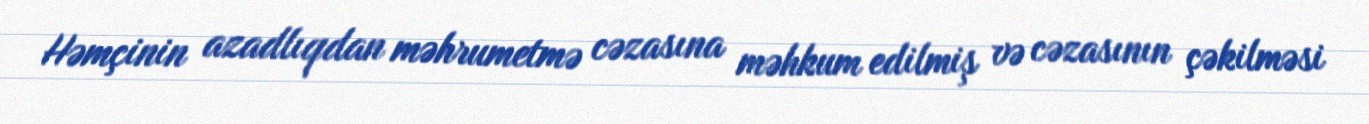
Həmçinin azadlıqdan məhrumetmə cəzasına məhkum edilmiş və cəzasının çəkilməsi